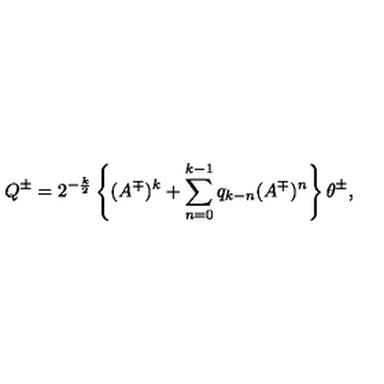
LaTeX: Q ^ { \pm } = 2 ^ { - \frac k 2 } \left\{ ( A ^ { \mp } ) ^ { k } + \sum _ { n = 0 } ^ { k - 1 } q _ { k - n } ( A ^ { \mp } ) ^ { n } \right\} \theta ^ { \pm } ,